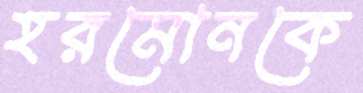
হরমোনকে